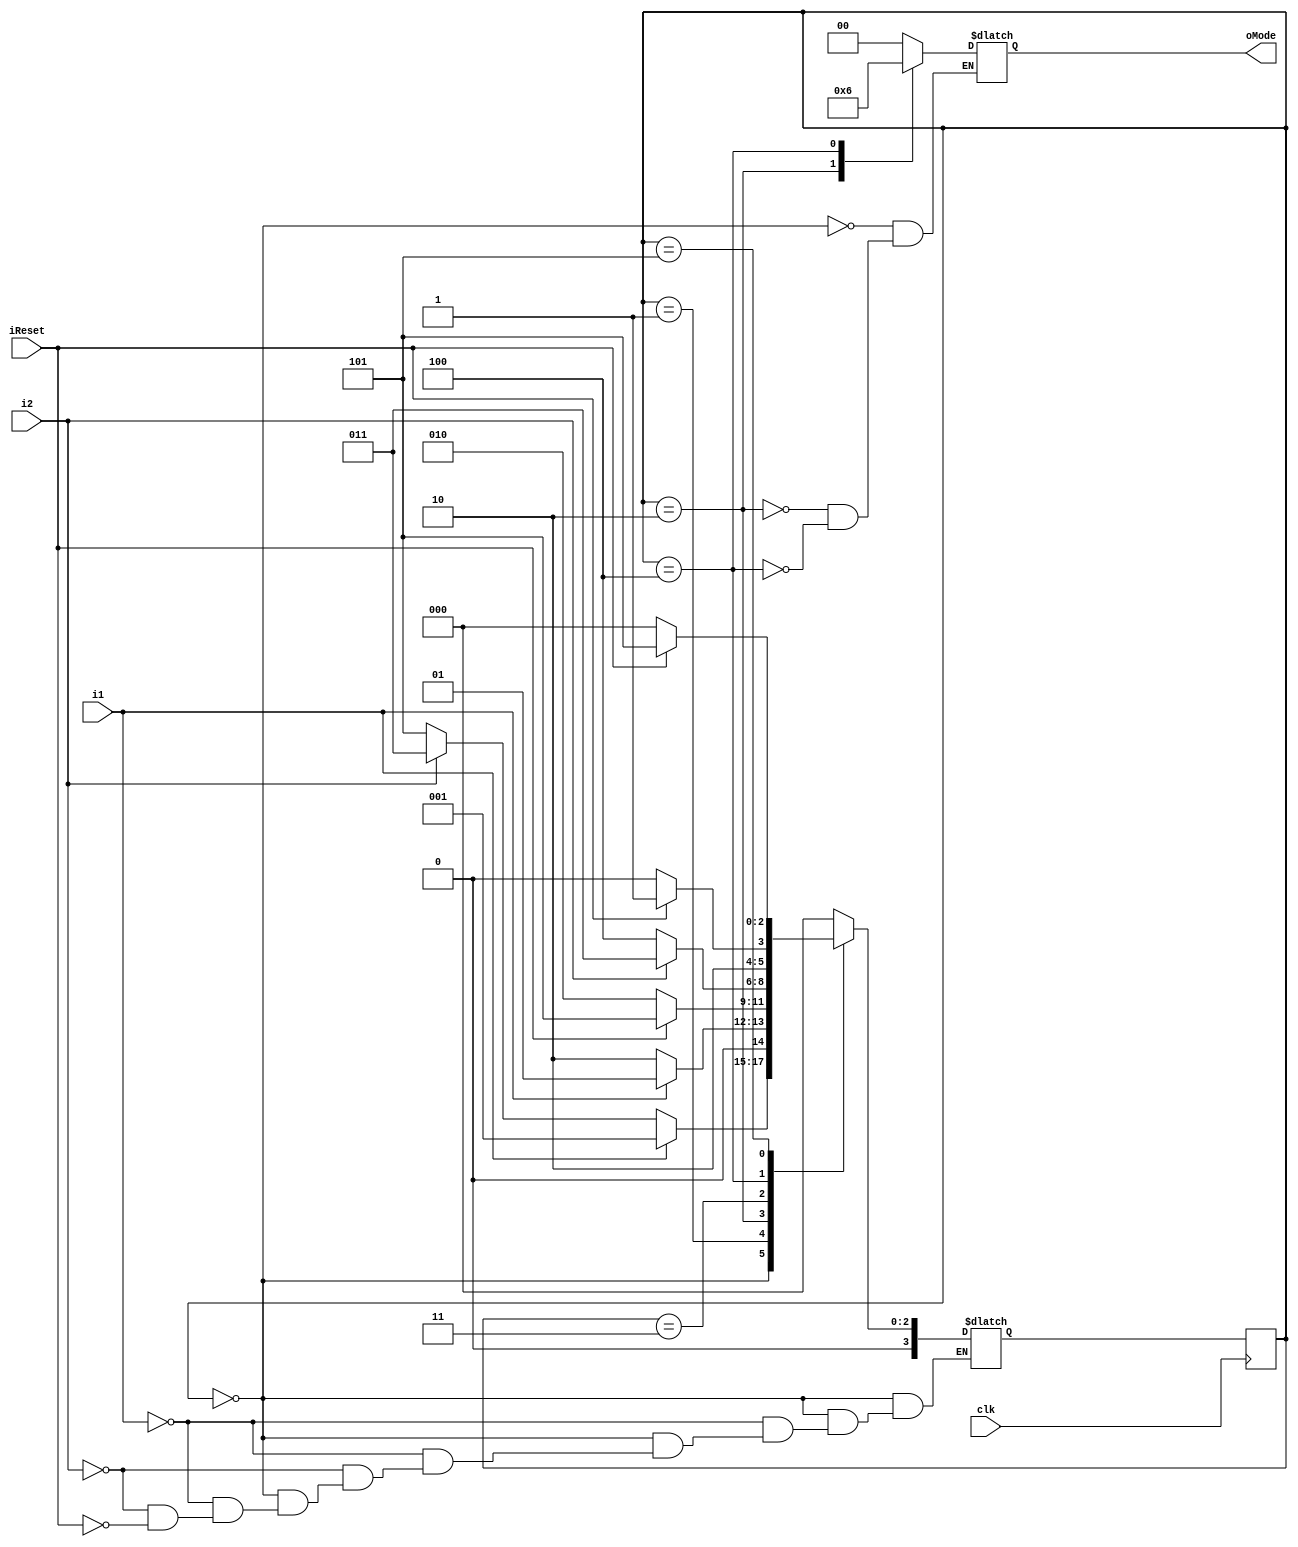
// Main Menu Control Path
// Jonah Diamond
// ECE241 Project

// INPUTS
//// 1. 1 bit, high if 1 on the PS2 is pressed, low if not pressed
//// 2. 1 bit, high if 2 on the PS2 is pressed, low if not pressed
// OUTPUTS
//// 1. 2 bit, output of which mode to display (00 menu, 01 react, 10 chimp)

module mainMenu(input i1, i2, clk, iReset,
    output reg [1:0] oMode);
    //zUltimateTopLevel j45(.one_pressed(i1), .two_pressed(i2));
    reg [3:0] current_state, next_state;
    localparam MENU = 3'd0,
    REACT_WAIT = 3'd1,
    REACT = 3'd2,
    CHIMP_WAIT = 3'd3,
    CHIMP = 3'd4,
    MENU_WAIT = 3'd5;
    always@(*) begin
        case (current_state) 
        MENU: begin
            oMode = 2'd0;
            if (i1) next_state = REACT_WAIT;
            else if (i2) next_state = CHIMP_WAIT;
            else if (iReset) next_state = MENU_WAIT;
            end
        REACT_WAIT: next_state = i1 ? REACT_WAIT : REACT;
        REACT: begin 
            oMode = 2'd1;
            next_state = iReset ? MENU_WAIT : REACT;
            end
        CHIMP_WAIT: next_state = i2 ? CHIMP_WAIT : CHIMP;
        CHIMP: begin
            oMode = 2'd2;
            next_state = iReset ? MENU_WAIT : CHIMP;
            end
        MENU_WAIT: next_state = iReset ? MENU_WAIT : MENU;
        default: next_state = MENU;
        endcase
    end

    always@(posedge clk) begin
        current_state <= next_state;
    end    
endmodule